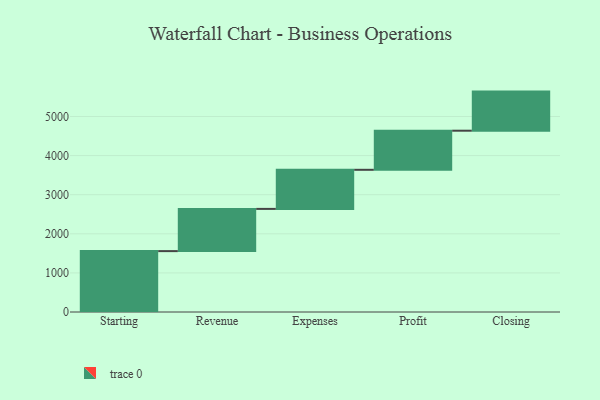
{"axis": {"x": "Step", "y": "Value"}, "legend": [""], "data": [{"x": "Starting", "y": 1557.0, "type": ""}, {"x": "Revenue", "y": 1080.0, "type": ""}, {"x": "Expenses", "y": 1000, "type": ""}, {"x": "Profit", "y": 1000, "type": ""}, {"x": "Closing", "y": 1000, "type": ""}]}